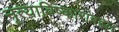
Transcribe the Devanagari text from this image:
नृत्याविष्कारांबद्दल